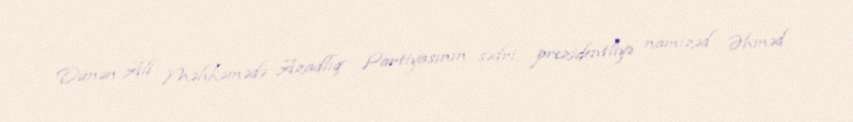
Dünən Ali Məhkəmədə Azadlıq Partiyasının sədri, prezidentliyə namizəd Əhməd